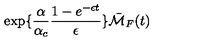
\exp \{ \frac { \alpha } { \alpha _ { c } } \frac { 1 - e ^ { - \epsilon t } } { \epsilon } \} \bar { { \cal M } } _ { F } ( t )